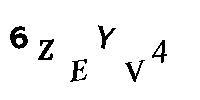
6ZEYV4